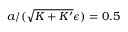
a / ( \sqrt { K + K ^ { \prime } } \epsilon ) = 0 . 5